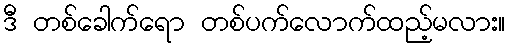
ဒီ တစ်ခေါက်ရော တစ်ပက်လောက်ထည့်မလား။